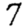
Digit: 7